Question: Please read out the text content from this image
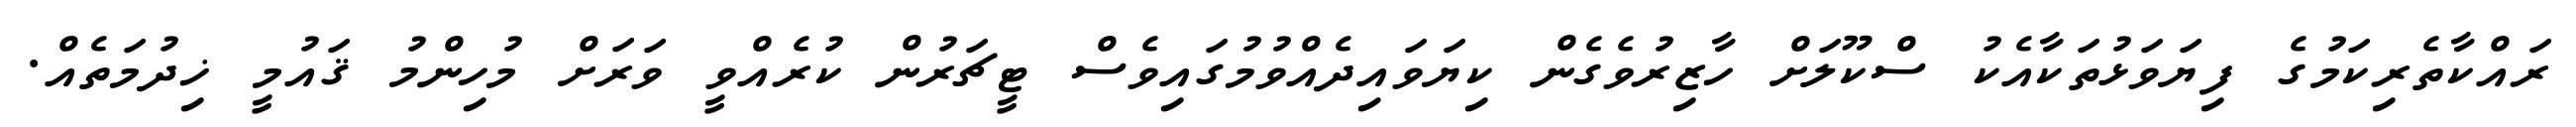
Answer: ރައްކާތެރިކަމުގެ ފިޔަވަޅުތަކާއެކު ސްކޫލަށް ހާޒިރުވެގެން ކިޔަވައިދެއްވުމުގައިވެސް ޓީޗަރުން ކުރެއްވީ ވަރަށް މުހިންމު ޤައުމީ ޚިދުމަތެއް.